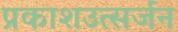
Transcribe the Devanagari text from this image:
प्रकाशउत्सर्जन